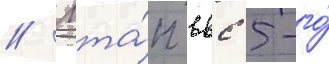
// Мта́п ввс 5-го́